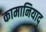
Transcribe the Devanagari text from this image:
कामानियाद्